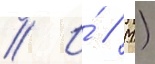
// И́ // М.)